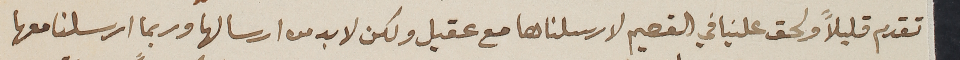
تقدم قليلاً ولحق علينا في القصيم لارسلناها مع عقيل ولكن لا بد من ارسالها وربما ارسلنا معها